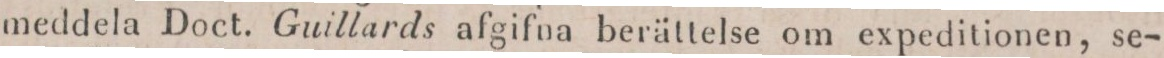
meddela Doct. Guillards afgifna berättelse om expeditionen, se-